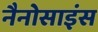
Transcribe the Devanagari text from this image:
नैनोसाइंस